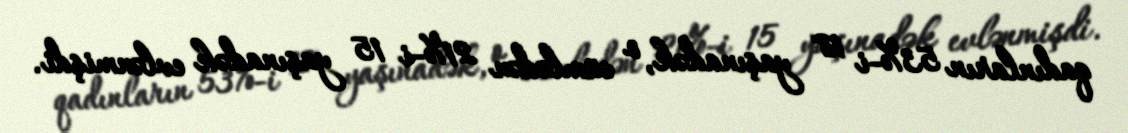
qadınların 53%-i 18 yaşınadək, o cümlədən 21%-i 15 yaşınadək evlənmişdi.